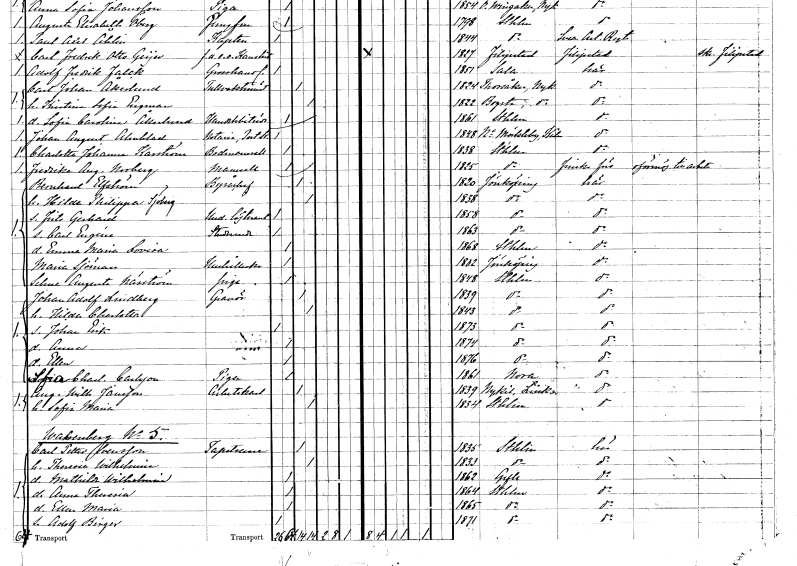
gt_parse: households: individuals: FN: Johan August
EN: Almblad
YRKE: Notarie Postskrivare
KON: M
CIV: O
FODAR: 1848
FODFORS: Norra Möckleby Kalmar län
FN: Charlotta Johanna
EN: Karström
YRKE: Bodmamsell
KON: K
CIV: O
FODAR: 1838
FODFORS: Stockholm
FN: Fredrika Augusta
EN: Norberg
KON: K
CIV: O
FODAR: 1825
FODFORS: Stockholm
FN: Bernhard
EN: Elfström
YRKE: Byråchef
KON: M
CIV: G
FODAR: 1820
FODFORS: Jönköping Jönköpings län
FN: Hilda Philippa
EN: Sjöberg
KON: K
CIV: G
FODAR: 1838
FODFORS: Jönköping Jönköpings län
FN: Frits Gerhard
YRKE: Underlöjtnant
KON: M
CIV: O
FODAR: 1858
FODFORS: Jönköping Jönköpings län
FN: Carl Eugéne
YRKE: Studerande
KON: M
CIV: O
FODAR: 1863
FODFORS: Jönköping Jönköpings län
FN: Emma Maria Lovisa
KON: K
CIV: O
FODAR: 1868
FODFORS: Stockholm
FN: Maria
EN: Sjöman
YRKE: Hushållerska
KON: K
CIV: O
FODAR: 1802
FODFORS: Jönköping Jönköpings län
FN: Selma Augusta
EN: Näsström
YRKE: Piga
KON: K
CIV: O
FODAR: 1848
FODFORS: Stockholm
FN: Johan Adolf
EN: Lindberg
YRKE: Gravör
KON: M
CIV: G
FODAR: 1839
FODFORS: Stockholm
FN: Hilda Charlotta
KON: K
CIV: G
FODAR: 1843
FODFORS: Stockholm
FN: Johan Erik
KON: M
CIV: O
FODAR: 1873
FODFORS: Stockholm
FN: Anna
KON: K
CIV: O
FODAR: 1874
FODFORS: Stockholm
FN: Ellen
KON: K
CIV: O
FODAR: 1876
FODFORS: Stockholm
FN: Sofia Charlotta
EN: Carlsson
YRKE: Piga
KON: K
CIV: O
FODAR: 1861
FODFORS: Nora Örebro län
FN: August Wilhelm
EN: Jonsson
YRKE: Arbetskarl
KON: M
CIV: G
FODAR: 1839
FODFORS: Nykil Östergötlands län
FN: Sofia Maria
KON: K
CIV: G
FODAR: 1834
FODFORS: Stockholm
FN: Carl Petter
EN: Svensson
YRKE: Tapetserare
KON: M
CIV: G
FODAR: 1835
FODFORS: Stockholm
FN: Theresia Wilhelmina
KON: K
CIV: G
FODAR: 1833
FODFORS: Stockholm
FN: Mathilda Wilhelmina
KON: K
CIV: O
FODAR: 1862
FODFORS: Gävle Gävleborgs län
FN: Anna Theresia
KON: K
CIV: O
FODAR: 1864
FODFORS: Stockholm
FN: Ellen Maria
KON: K
CIV: O
FODAR: 1865
FODFORS: Stockholm
FN: Adolf Birger
KON: M
CIV: O
FODAR: 1871
FODFORS: Stockholm